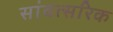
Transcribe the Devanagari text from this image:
सांवत्सरिक